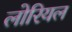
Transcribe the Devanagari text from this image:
लोरियल